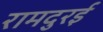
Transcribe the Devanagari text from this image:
रामदुरई